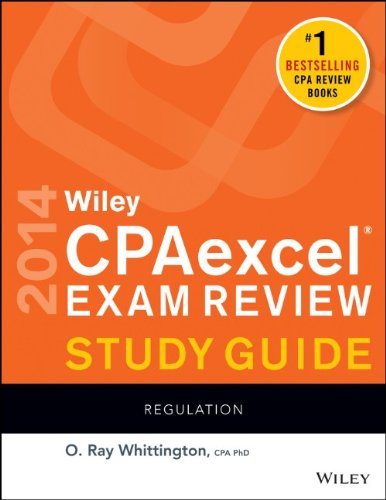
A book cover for Wiley CPAexcel Exam Review 2014 Study Guide, Regulation; O. Ray Whittington; Test Preparation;